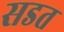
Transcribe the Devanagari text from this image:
सडत